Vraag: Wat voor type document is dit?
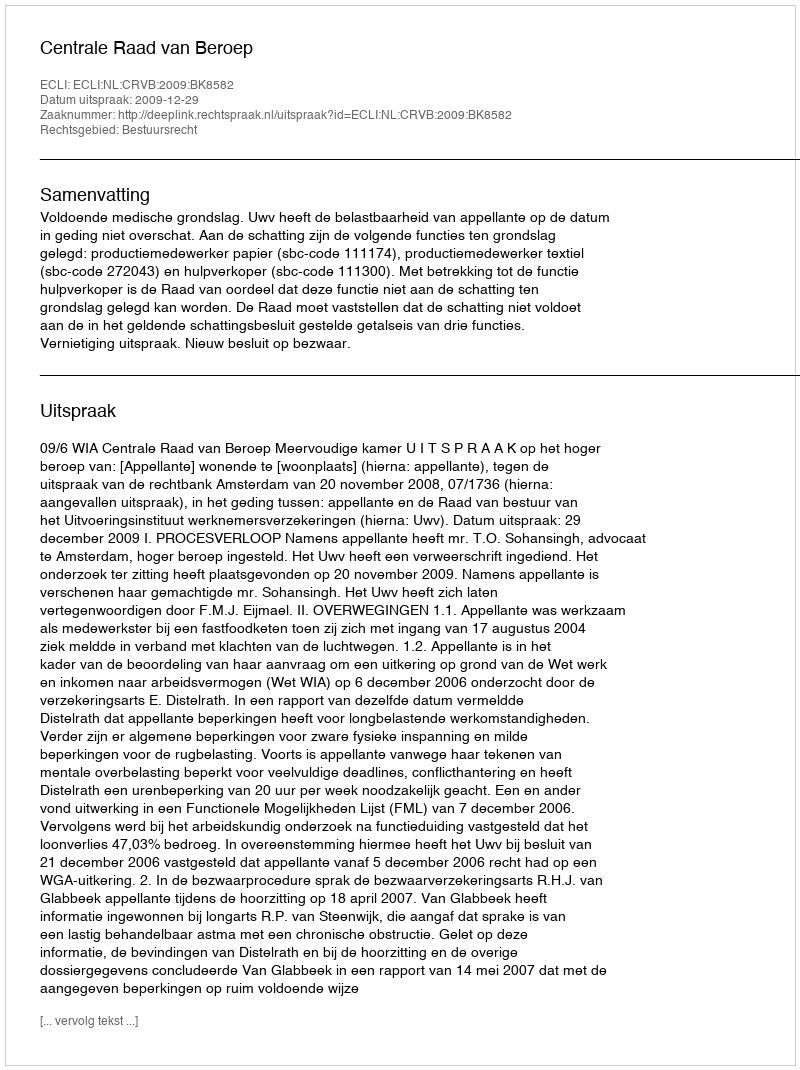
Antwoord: Uitspraak